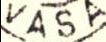
VASA